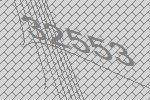
32553